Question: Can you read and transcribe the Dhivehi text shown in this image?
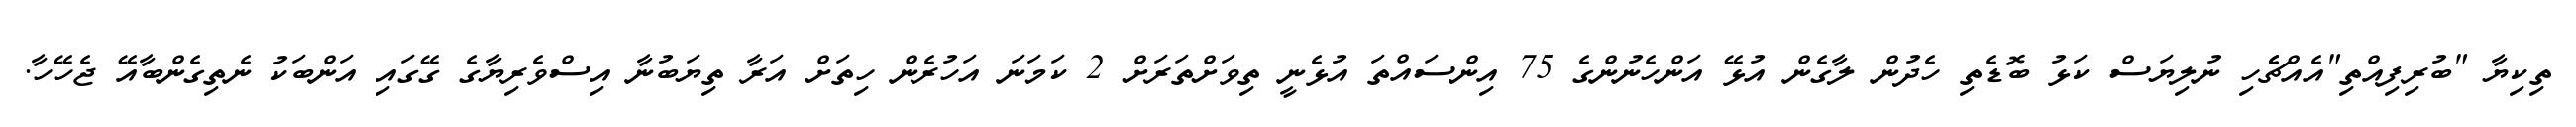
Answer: ތިކިޔާ "ބުރިފިއްތި"އެއްޗެެހި ނުލިޔަސް ކަޅު ބޮޑެތި ހެދުން ލާގެން އުޅޭ އަންހެނުންގެ 75 އިންސައްތަ އުޅެނީ ތިވަށްތަރަށް 2 ކަމަނަ އަހުރެން ހިތަށް އަރާ ތިޔަބުނާ އިސްވެރިޔާގެ ގޭގައި އަންބަކު ނެތިގެންބާއޭ ޖެހޭހާ.